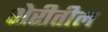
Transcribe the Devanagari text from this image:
शेरीतील